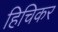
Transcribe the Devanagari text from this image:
हिचिकर